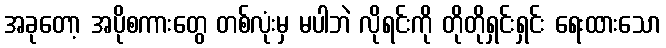
အခုတော့ အပိုစကားတွေ တစ်လုံးမှ မပါဘဲ လိုရင်းကို တိုတိုရှင်းရှင်း ရေးထားသော